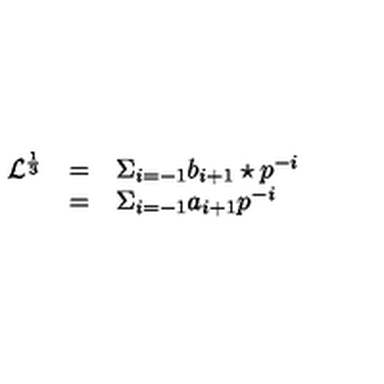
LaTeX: \begin{array} { l c l } { { \mathcal L } ^ { \frac { 1 } { 3 } } } & { = } & { \Sigma _ { i = - 1 } b _ { i + 1 } \star p ^ { - i } } \\ { } & { = } & { { \Sigma } _ { i = - 1 } a _ { i + 1 } p ^ { - i } } \\ \end{array}